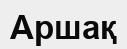
Аршақ